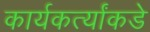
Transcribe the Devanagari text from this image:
कार्यकर्त्यांकडे